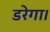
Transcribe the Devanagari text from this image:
डरेगा।